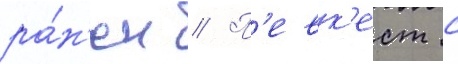
ра́н'ен // П'евк'ест с